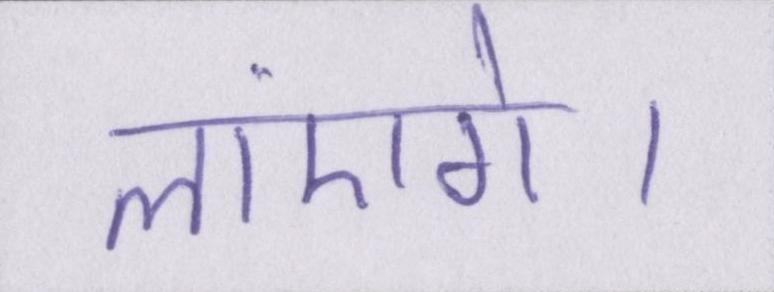
लाएंगे।